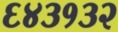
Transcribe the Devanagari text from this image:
६४३१३२